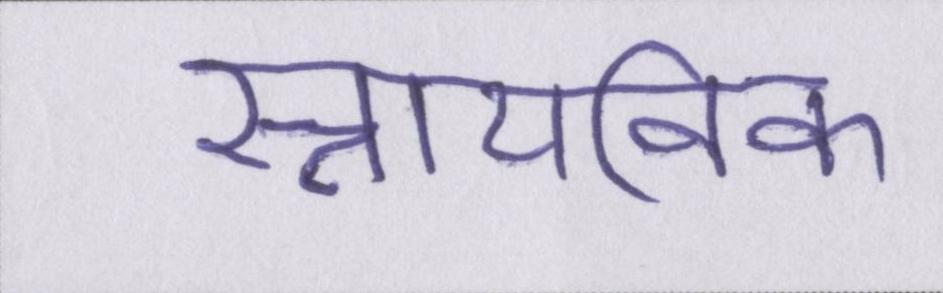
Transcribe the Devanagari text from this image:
स्नायविक